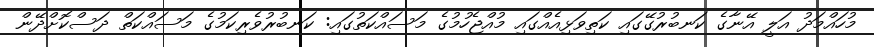
މުހައްމަދު އަލީ އޭނާގެ ކަނބުރުގޭގައި ކަތިވަޅިއެއްގައި މުއްޖެހުމުގެ މަސައްކަތުގައި: ކަނބުރުވެރިކަމުގެ މަސައްކަތް ދަސްކޮށްދޭން